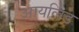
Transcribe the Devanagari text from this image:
आयलिड